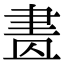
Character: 𦘕